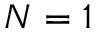
N = 1